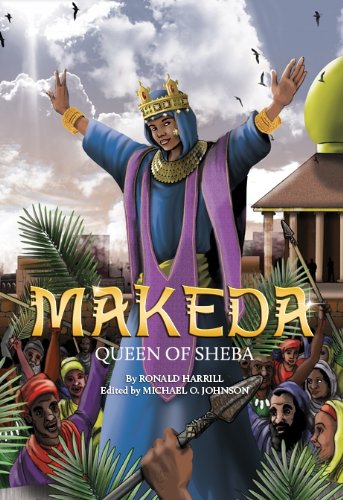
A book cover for Makeda: Queen Of Sheba; Ronald Harrill; Children's Books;